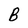
Character: B